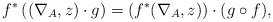
\begin{align*}f^{*}\left((\nabla_A,z)\cdot g\right)=\left(f^{*}(\nabla_A,z)\right)\cdot (g\circ f),\end{align*}